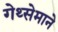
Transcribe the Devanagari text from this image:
गेथ्सेमाने